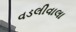
વડલીવાલા